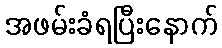
အဖမ်းခံရပြီးနောက်